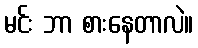
မင်း ဘာ စားနေတာလဲ။